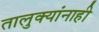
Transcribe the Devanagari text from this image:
तालुक्यांनाही